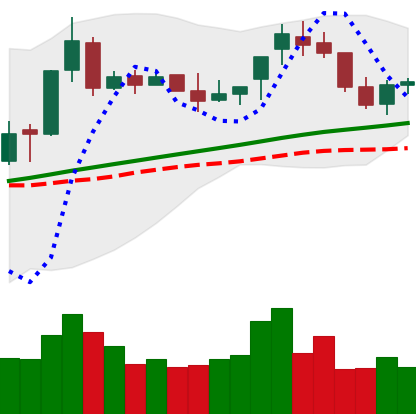
Ticker: BNB-USD
Chart end date: 2018-04-19
Forward return: 23.585%
Label: up_7plus